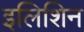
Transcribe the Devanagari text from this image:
इलिशिन